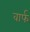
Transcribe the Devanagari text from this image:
वार्फ